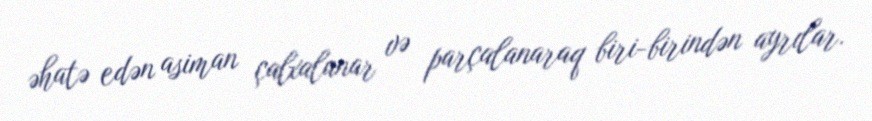
əhatə edən asiman çalxalanar və parçalanaraq biri-birindən ayrılar.